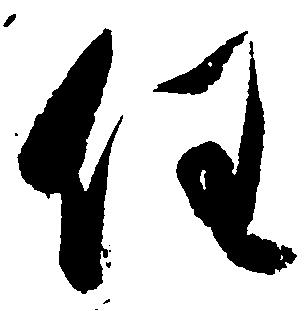
任